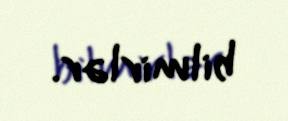
bilmirlər.